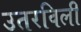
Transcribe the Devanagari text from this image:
उतरविली